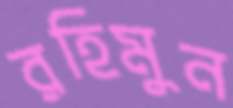
রহিমুন